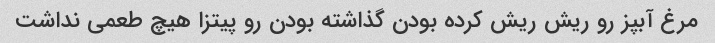
مرغ آبپز رو‌ ریش ریش کرده بودن گذاشته بودن رو پیتزا هیچ طعمی نداشت